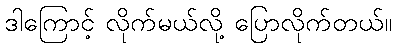
ဒါကြောင့် လိုက်မယ်လို့ ပြောလိုက်တယ်။